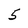
Character: 5